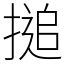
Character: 搥